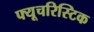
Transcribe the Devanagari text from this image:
फ्यूचरिस्टिक